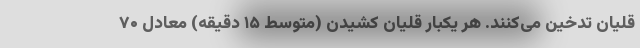
قلیان تدخین می‌کنند. هر یکبار قلیان کشیدن (متوسط ۱۵ دقیقه) معادل ۷۰